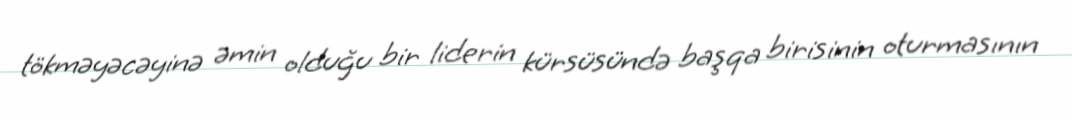
tökməyəcəyinə əmin olduğu bir liderin kürsüsündə başqa birisinin oturmasının